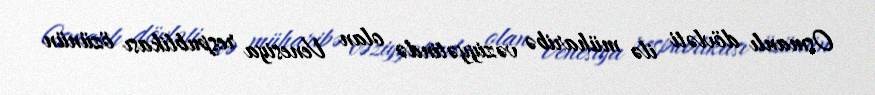
Osmanlı dövləti ilə müharibə vəziyyətində olan Venesiya respublikası özünün